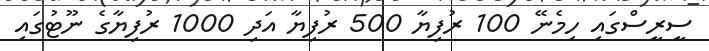
ސީރީސްގައި ހިމެނޭ 100 ރުފިޔާ 500 ރުފިޔާ އަދި 1000 ރުފިޔާގެ ނޫޓުގައި